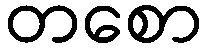
တစော